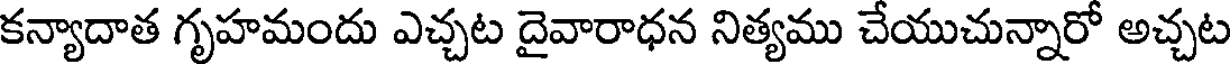
కన్యాదాత గృహమందు ఎచ్చట దైవారాధన నిత్యము చేయుచున్నారో అచ్చట